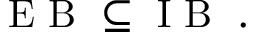
\begin{array} { r } { \mathrm { ~ E ~ B ~ } \subseteq \mathrm { ~ I ~ B ~ } \; . } \end{array}